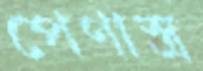
পেণাস্ত্র